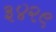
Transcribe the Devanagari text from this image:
३४२९